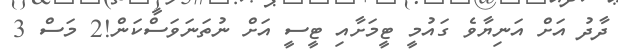
ދާދު އަށް އަނިޔާވެ ގައުމީ ޓީމަށާއި ޓީސީ އަށް ނުތަނަވަސްކަން!2 މަސް 3